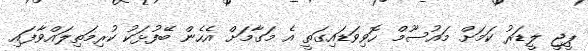
ޕީޖީ ލީޑަރު ކަމަށް މައުސޫމް ހޮވިވަޑައިގަތީ އެ މަގާމަށް އެހެން ބޭފުޅަކު ކުރިމަތިލައްވާފައި